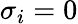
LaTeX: \sigma_{i}=0